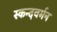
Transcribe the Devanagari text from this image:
स्कन्दवर्मन